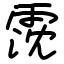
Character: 霃